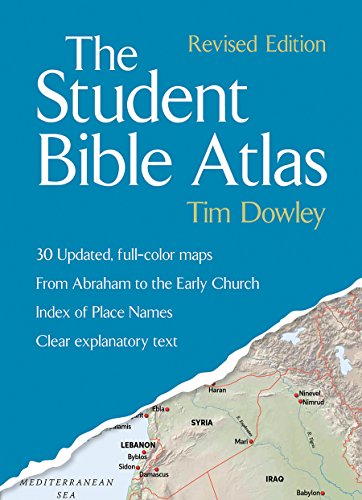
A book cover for The Student Bible Atlas, Revised Edition; Tim Dowley; Christian Books & Bibles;